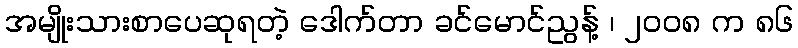
အမျိုးသားစာပေဆုရတဲ့ ဒေါက်တာ ခင်မောင်ညွန့် ၊ ၂၀၀၈ က ၈၆